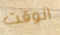
الوقت